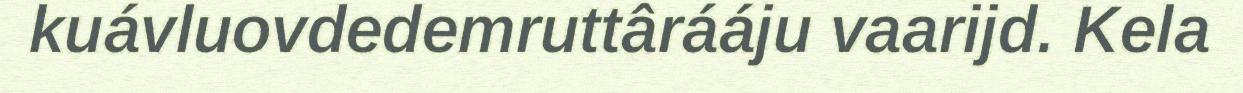
kuávluovdedemruttârááju vaarijd. Kela